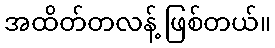
အထိတ်တလန့် ဖြစ်တယ်။